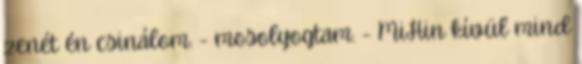
zenét én csinálom. - mosolyogtam. - MiHin kívül mind